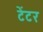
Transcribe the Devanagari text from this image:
टेंटर